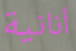
أنانية